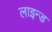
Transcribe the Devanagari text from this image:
लाइन्‍ड